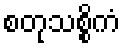
စတုသစ္စိကံ